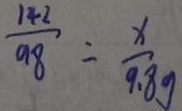
\frac { 1 4 2 } { 9 8 } = \frac { x } { 9 . 8 g }